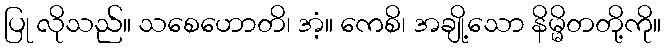
ပြု လိုသည်။ သစေဟောတိ၊ အံ့။ ကေစိ၊ အချို့သော နိမ္မိတတို့ကို။